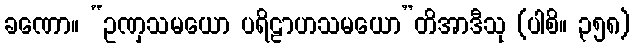
ခဏော။ “ဥဏှသမယော ပရိဠာဟသမယော”တိအာဒီသု (ပါစိ။ ၃၅၈)